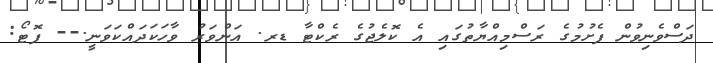
ދަސްވެނިވުން ފެށުމުގެ ރަސްމިއްޔާތުގައި އެ ކޮލެޖުގެ ރެކްޓާ ޑރ. އަންވަރު ވާހަކަދައްކަވަނީ.-- ފޮޓޯ: